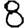
Digit: 8